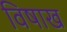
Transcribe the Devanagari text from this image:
विषाख